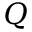
Q